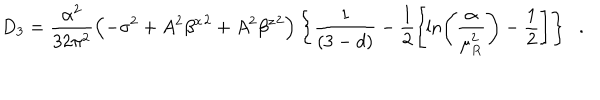
LaTeX: D _ { 3 } = \frac { \alpha ^ { 2 } } { 3 2 \pi ^ { 2 } } \left( - \sigma ^ { 2 } + A ^ { 2 } { \beta ^ { x } } ^ { 2 } + A ^ { 2 } { \beta ^ { z } } ^ { 2 } \right) \left\{ \frac { 1 } { ( 3 - d ) } - \frac { 1 } { 2 } \left[ \ln \left( \frac { \alpha } { \mu _ { R } ^ { 2 } } \right) - \frac { 1 } { 2 } \right] \right\} \; \; .